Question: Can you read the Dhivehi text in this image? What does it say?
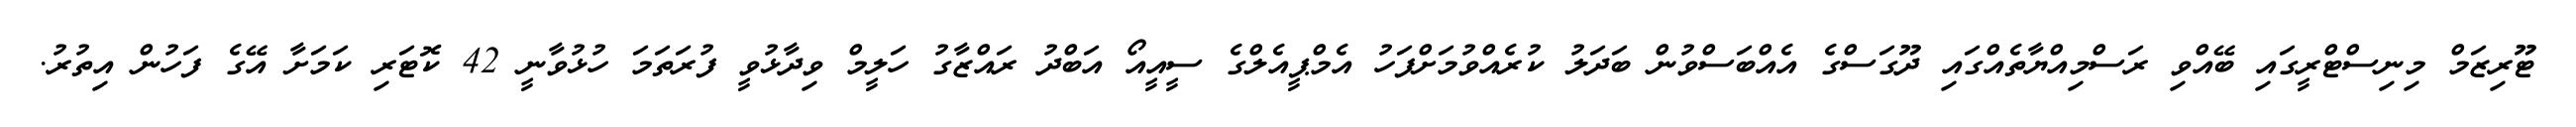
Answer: ޓޫރިޒަމް މިނިސްޓްރީގައި ބޭއްވި ރަސްމިއްޔާތެއްގައި ދޫގަސްގެ އެއްބަސްވުން ބަދަލު ކުރެއްވުމަށްފަހު އެމްޕީއެލްގެ ސީއީއޯ އަބްދު ރައްޒާގު ހަލީމް ވިދާޅުވީ ފުރަތަމަ ހުޅުވާނީ 42 ކޮޓަރި ކަމަށާ އޭގެ ފަހުން އިތުރު.